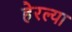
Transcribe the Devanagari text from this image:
हेरल्या